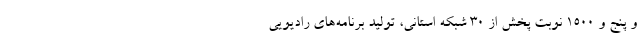
و پنج و ۱۵۰۰ نوبت پخش از ۳۰ شبكه استاني، توليد برنامه‌هاي راديويي